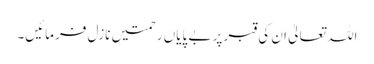
اللہ تعالیٰ ان کی قبر پر بے پایاں رحمتیں نازل فرمائیں۔